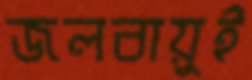
জলবায়ুই